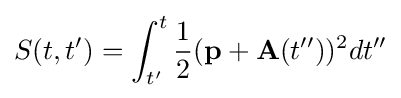
S(t,t')=\int _{t'}^{t}{\frac {1}{2}}({\textbf {p}}+{\textbf {A}}(t''))^{2}dt''